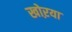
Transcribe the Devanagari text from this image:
खोऱया